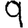
Digit: 9